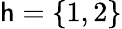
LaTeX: \mathsf{h}=\lbrace1,2\rbrace